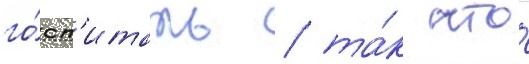
го́сп'италь / та́к что́